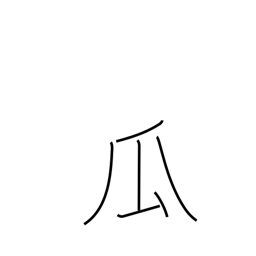
Meaning: melon